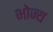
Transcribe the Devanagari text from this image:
भोज्‍य